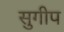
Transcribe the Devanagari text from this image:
सुगीप